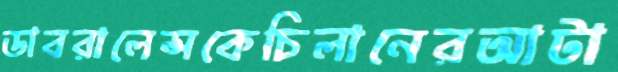
ডাবরালেন্সকেচিলানেরআটা